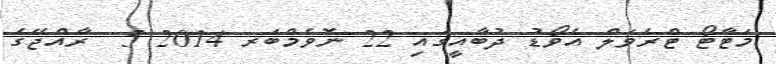
މަޓާޓޯ ޓްރެވަލް އެވޯޑު ދުބާއީގައި 22 ނޮވެމްބަރ 2014 5  ރާއްޖޭގެ